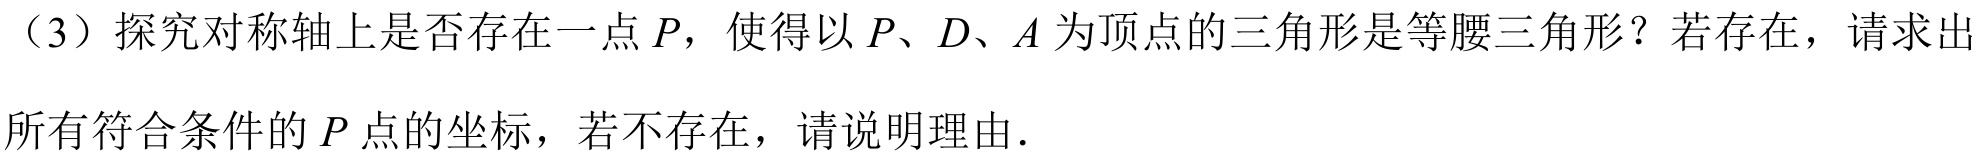
（3）探究对称轴上是否存在一点\(P\)，使得以\(P、D、A\)为顶点的三角形是等腰三角形？若存在，请求出
所有符合条件的\(P\)点的坐标，若不存在，请说明理由．